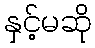
နှင့်မဆို